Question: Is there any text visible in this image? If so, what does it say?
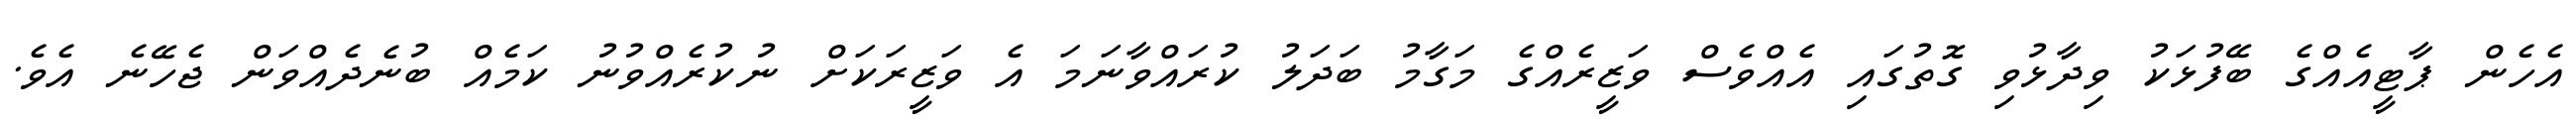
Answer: އެހެން ޕާޓީއެއްގެ ބޭފުޅަކު ވިދާޅުވި ގޮތުގައި އެއްވެސް ވަޒީރެއްގެ މަގާމު ބަދަލު ކުރައްވާނަމަ އެ ވަޒީރަކަށް ނުކުރެއްވުނު ކަމެއް ބުނެދެއްވަން ޖެހޭނެ އެވެ.